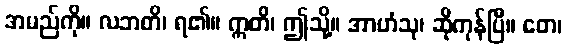
အမည်ကို။ လဘတိ၊ ရ၏။ ဣတိ၊ ဤသို့။ အာဟံသု၊ ဆိုကုန်ပြီ။ တေ၊